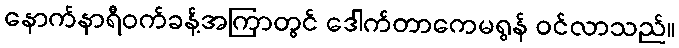
နောက်နာရီဝက်ခန့်အကြာတွင် ဒေါက်တာကေမရွန် ဝင်လာသည်။